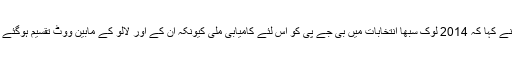
انہوں نے کہا کہ 2014 لوک سبھا انتخابات میں بی جے پی کو اس لئے کامیابی ملی کیونکہ ان کے اور لالو کے مابین ووٹ تقسیم ہوگئے تھے ۔